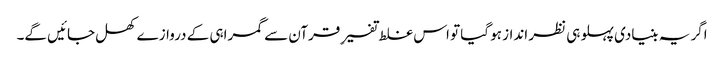
اگر یہ بنیادی پہلو ہی نظر انداز ہو گیا تو اس غلط تفسیرِ قرآن سے گمراہی کے دروازے کھل جائیں گے۔